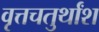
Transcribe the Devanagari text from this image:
वृत्तचतुर्थांश